Vital statistics of India. Vol. VI, European troops 1870-79
Year: 1870
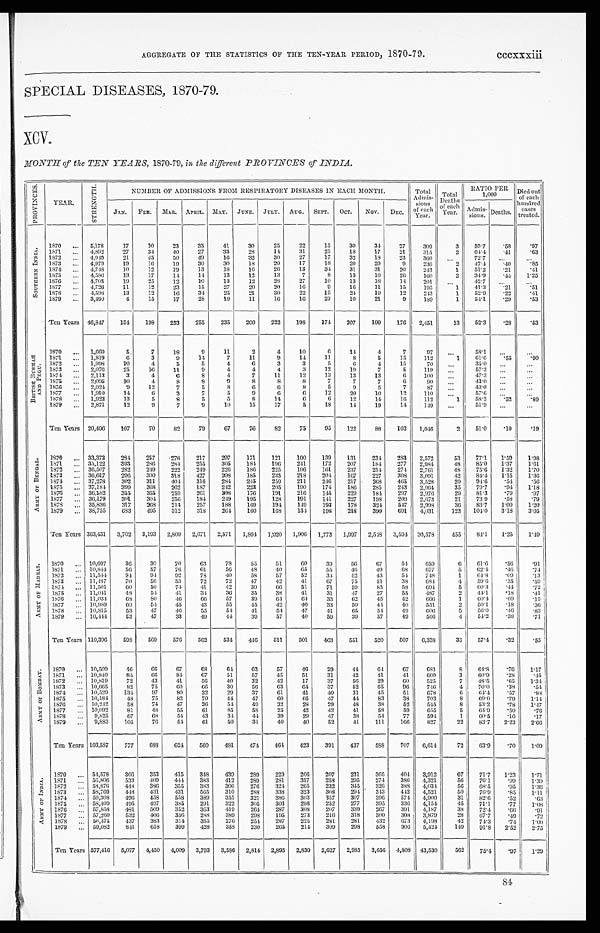
AGGREGATE OF THE STATISTICS OF THE TEN-YEAR PERIOD, 1870-79.
cccxxxiii
SPECIAL DISEASES, 1870-79.
XCV.
MONTH of the TEN YEARS, 1870-79, in the different PROVINCES of INDIA.
P R O V I N C E S .
YEAR.
S T R E N G T H .
NUMBER OF ADMISSIONS FROM RESPIRATORY DISEASES IN EACH MONTH.
Total
Admis-
sions o f e a c h
Year.
Total
Deaths
of each
year.
RATIO PER
1,000
D i e d o u t of each
hundred
cases
treated.
JAN. FEB. MAR. APRIL. MAY. JUNE. JULY. AUG. SEPT. OCT. NOV. DEC.
Admis-
sions. D e a t h s .
S O U T H E R N I N D I A .
1870 ... 5,178
17
10
23
35
41
30
25
22
15
30
3 4
2 7
3 0 9
3
5 9 . 7 . 5 8
. 9 7
1871
. . . 4,892 27
34
40
27
33
28
14
31
25
18
17
21
3 1 5
2
6 4 . 4
. 4 1
. 6 3
1872
. . . 4,949
21
45
50
49
16
32
30
27
17
32
18
23
360
. . .
7 2 . 7
. . .
. . .
1873 ... 4,979
19
16
19
30
30
18
20
17
18
20
2 0
9
2 3 6
2
4 7 . 4 . 4 0
. 8 5
1874 ... 4,748
1 0
12
19
13
18
16
26
13
34
3 1
3 1
2 0 243
1
5 1 . 2
. 2 1
. 4 1
1875
. . . 4,586
13
17
14
14
13
12
13
7
8
1 3
1 0
26
1 6 0
2
3 4 . 9
. 4 4
1 . 2 5
1876 ... 4,703
19
2 5
12
10
13
32
28
27
10
13
18
1 4
2 0 1
. . .
4 2 . 7
. . .
. . .
1877 ... 4,726
11
12
23
15
27
20
20
16
9
1 6 11
15
1 9 5
1
41.3
. 2 1
. 5 1
1878
. . . 4,598
13
12
16
34
25
21
30
22
15
2 4
19
12
2 4 3
1
5 2 . 9
. 2 2
. 4 1
1879
3,490
4
15
17
28
19
11
16
16
23
1 0
2 1
9 189
1
54.1
.29
.53
Ten Years 46,847 154 198
233 255
235
200
222
1 9 8 174 207
199
176 2,451
13 52.3 .28
.53
B R I T I S H B U R M A H
A N D P E G U .
1870
. . . 1,669
5
7
1 8
9
11
2
4
10
6
1 4
4
7
9 7
. . .
5 8 . 1
. . .
. . .
1871 ... 1,819
6
3
9
14
7
11
9
14
11
8
5
1 5
1 1 2
1
6 1 . 6
. 5 5
. 9 0
1872 ... 1,998
10
4
5
5
4
6
3
3
5
6
4
15
7 0
. . .
3 5 . 0
. . .
. . .
1873 . . . 2,076
25
16
11
9
4
4
4
3
12
19
7
5
1 1 9
. . .
5 7 . 3 ...
. . .
1874 ... 2,113
3
4
6
8
4
7
11
12
13
1 3
1 3
6
100
. . .
47.3
. . .
. . .
1875
. . . 2,095
10
4
8
8
9
8
8
8
7
7
7
6
9 0 ...
43.0
. . .
. . .
1876 ... 2,024
9
12
7
5
8
6
6
8
5
9
5
7
8 7 ...
43.0 ...
...
1877
. . . 1,910
14
6
3
7
5
9
6
6
12
2 0
1 0
1 2
1 1 0 ...
5 7 . 6 ...
...
1878 ... 1,923
13
5
8
5
5
8
14
6
6
12
1 4
16 112
1
58.2 . 5 2
. 8 9
1879 ... 2,871
12
9
7
9
10
15
17
5
1 8
14
19
14
1 4 9
. . .
5 1 . 9
. . .
. . .
Ten years 20,496
107
70
82
79
67
76
82
75
95
122
88
103 1,046
2 51.0 .10
.19
A R M Y O F B E N G A L .
1870
. . . 33,373
284 257 278 217 297
171 121
160
139 131
234 283
2 , 5 7 2
5 3
7 7 . 1
1 . 5 9
1 . 9 8
1871 ... 35,122
3 9 3 286 284 255
305
184
196
241
172 207
1 8 4
2 7 7 2,984
4 8
8 5 . 0 1.37 1.61
1872 ... 36,507
282 249
222
249 226
186
225 196
161
2 3 7 254
274 2,761
48 75.6 1.32 1.70
1873 ... 36,617
295 300 318 427
208 185
233
218 204
1 6 7
2 2 7
3 0 8
3 , 0 9 1
4 2
8 4 . 4 1.15 1.36
1874
. . . 37,278
302 311
404 316 284 245
259
211
246 217
268
4 6 5 3,528
2 0
9 4 . 6
. 5 4
. 5 6
1875
. . . 37,184 399 368 262
187
242 223
205
190
174
186
2 8 5
2 4 3
2 , 9 6 4
3 5
7 9 . 7
. 9 4
1 . 1 8
1876 ... 36,582 355
355
259 261
308
176 191
216
1 4 5
2 2 9
1 8 4
2 9 7 2,976
2 9
8 1 . 3
. 7 9
. 9 7
1877 ... 36,179
391 304
256
184 249 195
1 2 8
1 9 1 141 227 198 209 2,673
21
7 3 . 9
. 5 8 .79
1878 ... 35,836
317
268 214 257
188
169
194
149
1 9 3
1 7 8
3 2 4
5 4 7 2,998
3 6
8 3 . 7
1 . 0 0
1 . 2 0
1879 ... 38,755
683 495
312
318
264 160
168
134 198 218 390 691 4,031
123 104.0 3.18
3.05
Ten Years 363,431 3,702 3,193 2,809 2,671 2,571 1,894 1,920 1,906 1,773 1,997 2,548 3,594 30,578
455 84.1 1.25
1.49
A R M Y O F M A D R A S .
1870
. . .
10,697
36
30
70
63
78
55
51
60
39
56
6 7
5 4
6 5 9
6
6 1 . 6
. 5 6
. 9 1
1871
. . . 10,844
56
57
76
61
56
48
40
65
55
4 6
4 9
6 8
6 7 7
5 62.4
. 4 6
. 7 4
1872 ... 11,544
94
94
92
78
40
58
57
52
34
5 2
4 3
5 4
748
1 64.8
. 0 9
. 1 3
1873 ... 11,487
70
56
53
72
72
47
42
41
67
75
51
3 8
6 8 4
4
5 9 . 6
. 3 5
. 5 9
1 8 7 4 ... 11,501
60
50
74
41
42
39
66
51
7 1
5 9
8 3 58
694
5
6 0 . 3
. 4 4
. 7 2
1875 ... 11,041
48
54
41
34
36
35
38
41
31
47
27
55
4 8 7
2
4 4 . 1
. 1 8
. 4 1
1876 ... 11,034
68
80
46
66
57
39
6 4
64
33
62
4 5
4 2
6 6 6
1
6 0 . 4
. 0 9
. 1 5
1877 ... 10,989
60
54
45
43
55
45
42
40
3 3
5 0 44
40
5 5 1
2
5 0 . 1
. 1 8
. 3 6
1878
. . . 10,815
53
47
46
55
54
41
54
47
41
6 5
54
49
6 0 6
5
5 6 . 0
. 4 6
. 8 3
1879
. . . 10,444
53
47
33
49
44
39
57
40
59
39
57
4 9
5 6 6
4 54.2
.38
.71
Ten Years 110,396
598 569
576
562
534 446 511
501
463
551
520
507 6,338
35 57.4 .32
.55
A R M Y O F B O M B A Y .
1870 ... 10,509
46 66
67
68
64
6 3
57
46
29
44
6 4
6 7
6 8 1
8
6 4 . 8
. 7 6
1 . 1 7
1871 ... 10,840
84
66
84
67
51
57
45
51
3 1
4 2
4 1
4 1 660
3
6 0 . 9
. 2 8
. 4 5
1872
. . . 10,819
72
43
41
56
40
32
42
1 7 37
5 6
2 9
6 0
5 2 5
7
4 8 . 5
. 6 5
1 . 3 4
1873 ... 10,665
82
75
60
66
30
56
63
64
37
52
65
96
7 4 5
4
7 0 . 0
. 3 8
. 5 4
1874 ... 10,529
134
97
80
32
29
37
61
41
40
31
45
5 1
6 7 8
6
6 4 . 4
. 5 7
. 8 8
1875 ... 10,184
48
75
82
70
44
47
60
65
47
44
83
3 8
7 0 3
8
6 9 . 0
. 7 9
1 . 1 4
1876 ... 10,242
58
74
47
36
54
49
32
28
29
4 8
3 8
5 2
5 4 5
8
5 3 . 2
. 7 8
1 . 4 7
1877
. . . 10,092
81
48
55
61
85
58
25
42
42
41
58
59 655
5
6 4 . 9
. 5 0
. 7 6
1878 ... 9,825
67
68
54
43
34
44
39
29
4 7
3 8
5 4
7 7
5 9 4
1
6 0 . 5
. 1 0
. 1 7
1879 ... 9,883
105
76
54
61
50
31
40
40
52
41
111
166
827
22 83.7 2.23 2.66
Ten Years 103,587
777
688 624 560
481
474
464 423
391
437
588 707 6,614
72 63.9
.70
1.09
A R M Y O F I N D I A .
1870
. . .
54,578 366 353 415
348 439
289
229
266
207
231
365 404
3 , 9 1 2
6 7
7 1 . 7
1 . 2 3
1 . 7 1
1871 ... 56,806 533
409
444 383
412
289
281
357
258
2 9 5
2 7 4
3 8 6
4 , 3 2 1
5 6
7 6 . 1
. 9 9
1 . 3 0
1872 ... 58,870 448 386 355
383
306
276 324
265
232 345
326
388
4 , 0 3 4
56
6 8 . 5
. 9 5 1.36
1873 ... 58,769 448 431
431
565
310
288 338
323
308
294 343 442 4,521
50
7 6 . 9
. 8 5
1 . 1 1
1874 ... 59,308
4 9 6 458
558
389
355
321
386
303
357
307
396
574
4 , 9 0 0
3 1
8 2 . 6
. 5 2
. 6 3
1875 ... 58,409 495 497
385
291
322
305 303
296
252
277
395
336
4 , 1 5 4
4 5
7 1 . 1
. 7 7
1 . 0 8
1876 ... 57,858 481 509
352 363
419
264 287 308
207
339
267 391
4,187
3 8
7 2 . 4
. 6 6
. 9 1
1877
. . . 57,260
532 406
356
288
389
298
195
273
216
3 1 8
3 0 0
3 0 8
3 , 8 7 9
28
6 7 . 7
. 4 9
. 7 2
1878 ... 56,475 437 383
314
355
276 254 287
225
281
281
4 3 2
6 7 3
4 , 1 9 8
4 2
7 4 . 3
. 7 4
1 . 0 0
1879
. . . 59,082 841
618 399 428
358 230
265 214 309
298
558 906 5,424
149
9 1 . 8
2.52 2.75
Ten Years 577,416 5,077 4,450 4,009 3,793 3,586 2,814 2,895 2,830 2,627 2,985 3,656 4,808 43,530
562
75.4 .97 1.29
84